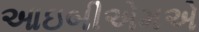
આઇબીએમએ